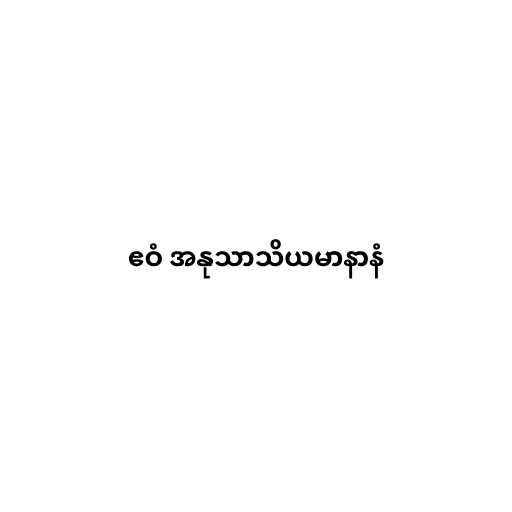
ဧဝံ အနုသာသိယမာနာနံ